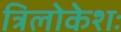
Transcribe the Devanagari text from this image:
त्रिलोकेशः